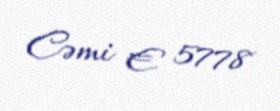
Cəmi € 5778